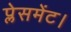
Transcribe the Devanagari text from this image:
प्लेसमेंट।